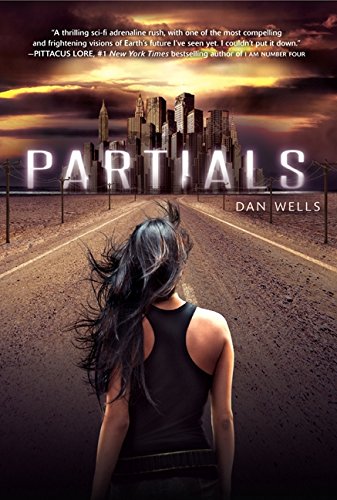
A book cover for Partials (Partials Sequence); Dan Wells; Teen & Young Adult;